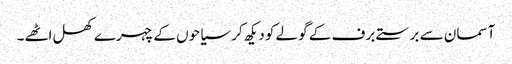
آسمان سے برستے برف کے گولے کو دیکھ کر سیاحوں کے چہرے کھل اٹھے۔